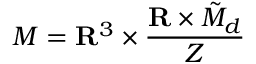
{ \cal M } = { \bf R } ^ { 3 } \times \frac { { \bf R } \times \tilde { \cal M } _ { d } } { Z }